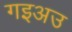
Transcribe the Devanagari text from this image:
गइअउ